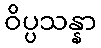
ဝိပ္ပသန္နာ